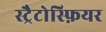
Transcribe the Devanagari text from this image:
स्ट्रैटोस्फ़ियर